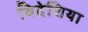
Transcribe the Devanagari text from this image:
बिदेशिया